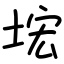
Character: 㙆